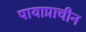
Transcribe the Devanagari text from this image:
पायाप्राचीन